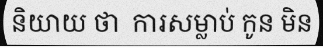
និយាយ ថា  ការសម្លាប់ កូន មិន